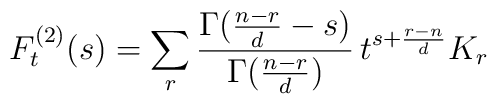
F_t^{(2)}(s) = \sum_r\frac{\Gamma(\frac{n-r}{d}-s)}{\Gamma(\frac{n-r}{d})} \,t^{s+\frac{r-n}{d}}K_r